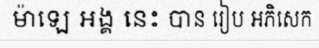
ម៉ាឡេ អង្គ នេះ បាន រៀប អភិសេក